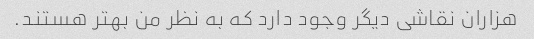
هزاران نقاشی دیگر وجود دارد که به نظر من بهتر هستند.